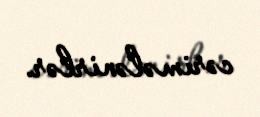
cərimələnirlər.